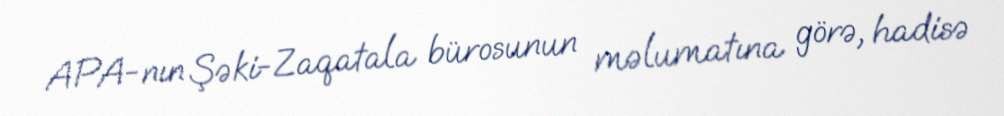
APA-nın Şəki-Zaqatala bürosunun məlumatına görə, hadisə